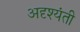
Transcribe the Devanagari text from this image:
अदृश्यंती